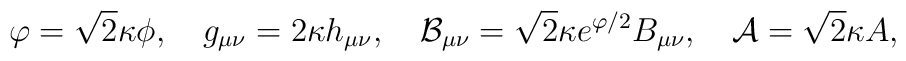
\varphi=\sqrt{2}\kappa\phi,\ \ \ g_{\mu\nu}=2\kappa h_{\mu\nu},\ \ \ {\cal B}_{\mu\nu}=\sqrt{2}\kappa e^{\varphi/2}B_{\mu\nu},\ \ \ {\cal A}=\sqrt{2}\kappa A,